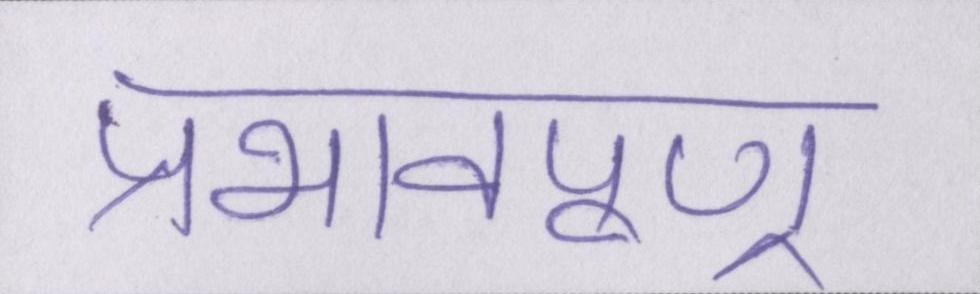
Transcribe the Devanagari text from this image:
प्रभावपूण्र